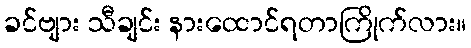
ခင်ဗျား သီချင်း နားထောင်ရတာကြိုက်လား။